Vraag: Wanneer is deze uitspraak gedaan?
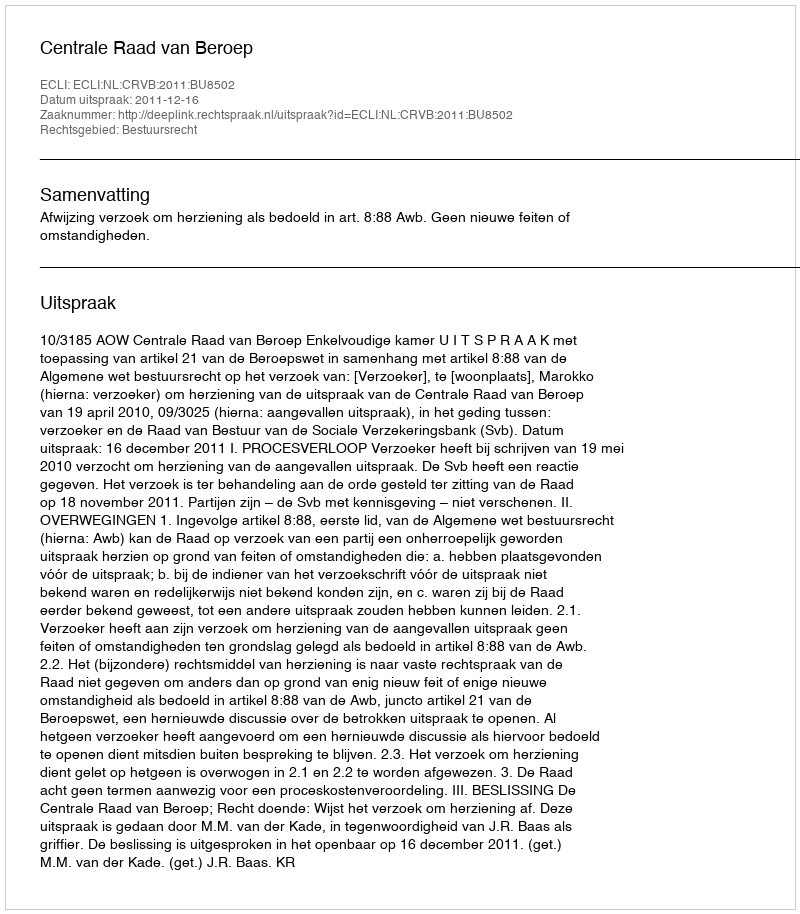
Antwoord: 2011-12-16